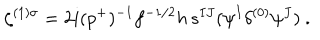
LaTeX: \zeta ^ { ( 1 ) \sigma } = 2 i ( p ^ { + } ) ^ { - 1 } f ^ { - 1 / 2 } h \, s ^ { I J } ( \psi ^ { I } \delta ^ { ( 0 ) } \psi ^ { J } ) ~ .